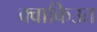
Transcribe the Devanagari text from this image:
क्वाकिउत